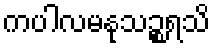
ကပါလမနုသဉ္စရသိ